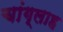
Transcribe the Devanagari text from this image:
चांग्लाह